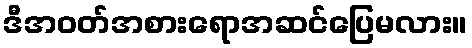
ဒီအဝတ်အစားရောအဆင်ပြေမလား။